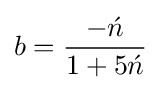
b={\frac {-{\acute {n}}}{1+5{\acute {n}}}}